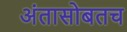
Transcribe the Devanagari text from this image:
अंतासोबतच